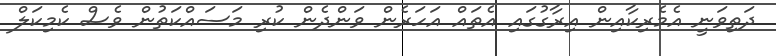
ދަތިވަނީ އެމެރިކާއިން އިރާގުގައި އެތައް އަހަރެން ވަންދެން ކުރި މަސައްކަތުން ވެސް ކެމިކަލް